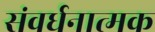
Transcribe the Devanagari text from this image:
संवर्धनात्‍मक